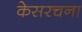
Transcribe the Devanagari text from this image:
केसरचना